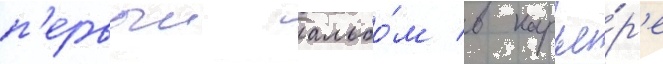
п'ервыи альбо́м в карье́р'е